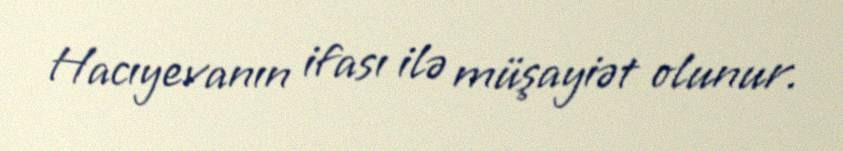
Hacıyevanın ifası ilə müşayiət olunur.